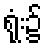
ရုံး၌